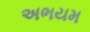
અભયમ